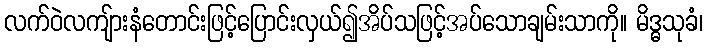
လက်ဝဲလကျ်ားနံတောင်းဖြင့်ပြောင်းလှယ်၍အိပ်သဖြင့်အပ်သောချမ်းသာကို။ မိဒ္ဓသုခံ၊